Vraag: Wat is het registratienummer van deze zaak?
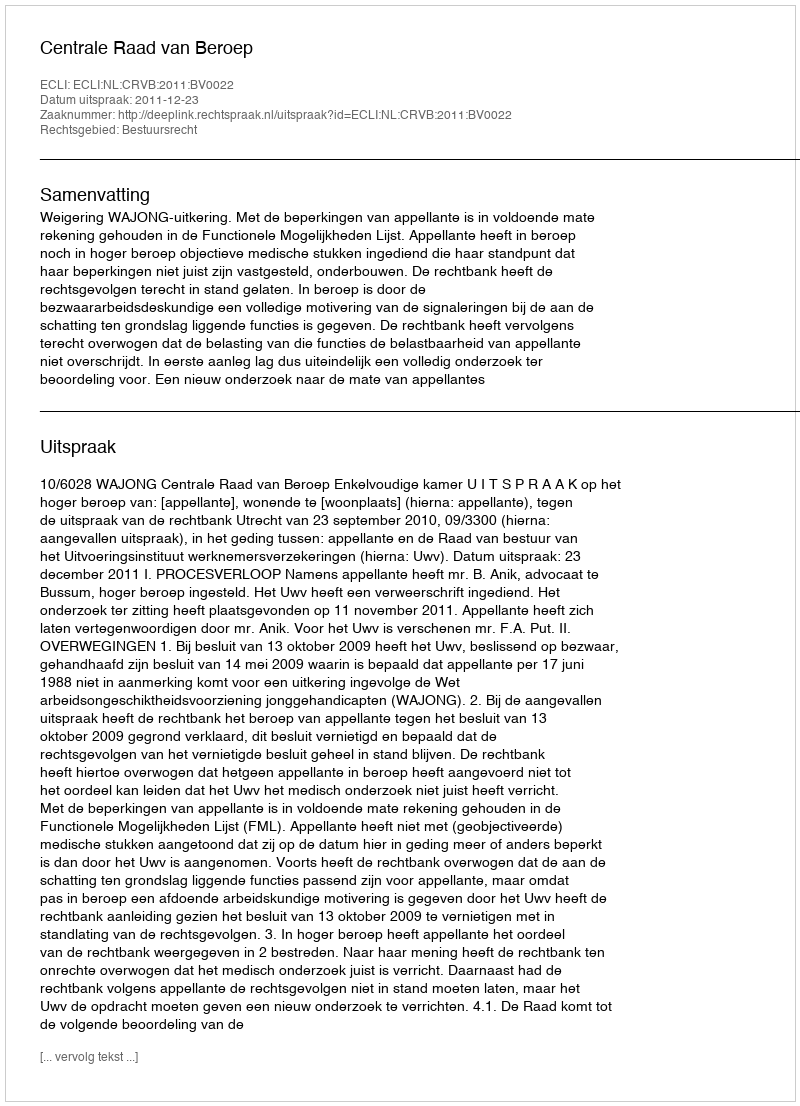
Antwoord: http://deeplink.rechtspraak.nl/uitspraak?id=ECLI:NL:CRVB:2011:BV0022